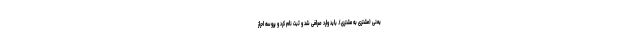
یعنی (مشتری به مشتری). باید وارد صرافی شد و ثبت نام کرد و پروسه احراز